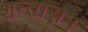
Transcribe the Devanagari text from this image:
शन्ताराम